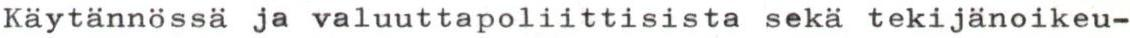
Käytännössä ja valuuttapoliittisista sekä tekijänoikeu-